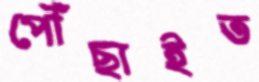
পৌঁছাইত